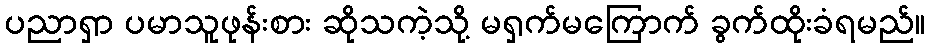
ပညာရှာ ပမာသူဖုန်းစား ဆိုသကဲ့သို့ မရှက်မကြောက် ခွက်ထိုးခံရမည်။